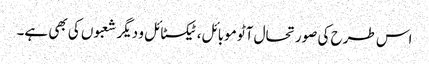
اس طرح کی صورتحال آٹو موبائل، ٹیکسٹائل و دیگر شعبوں کی بھی ہے۔